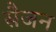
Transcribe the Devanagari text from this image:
सैजन